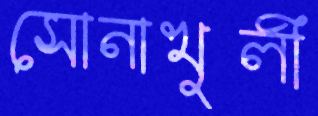
সোনাখুলী